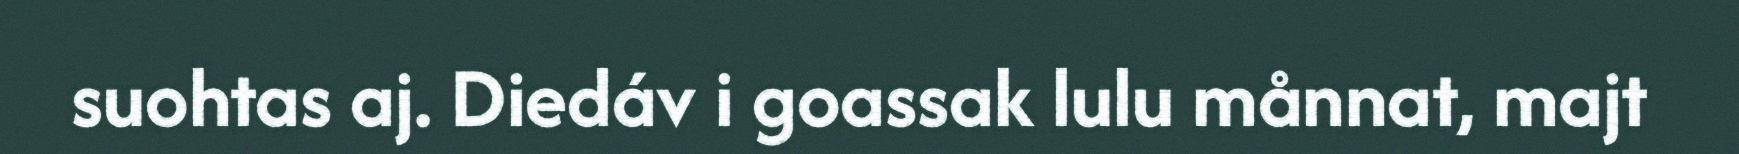
suohtas aj. Diedáv i goassak lulu månnat, majt